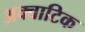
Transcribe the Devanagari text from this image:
अक्वाटिक